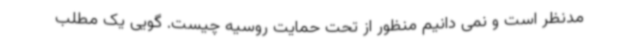
مدنظر است و نمی دانیم منظور از تحت حمایت روسیه چیست. گویی یک مطلب